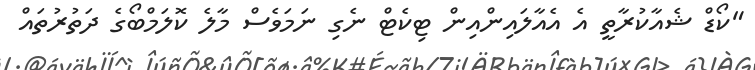
"ކޯޑް ޝެއާކުރާތީ އެ އެއާލައިންއިން ޓިކެޓް ނެގި ނަމަވެސް މާލެ ކޮލަމްބޯގެ ދަތުރުތައް